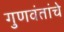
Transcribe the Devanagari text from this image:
गुणवंतांचे